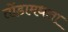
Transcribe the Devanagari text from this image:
तोंडामधला